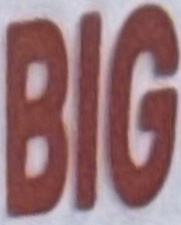
BIG